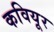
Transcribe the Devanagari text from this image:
कवियूर